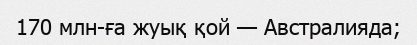
170 млн-ға жуық қой — Австралияда;